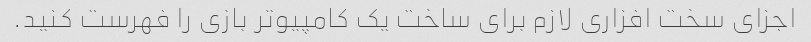
اجزای سخت افزاری لازم برای ساخت یک کامپیوتر بازی را فهرست کنید.